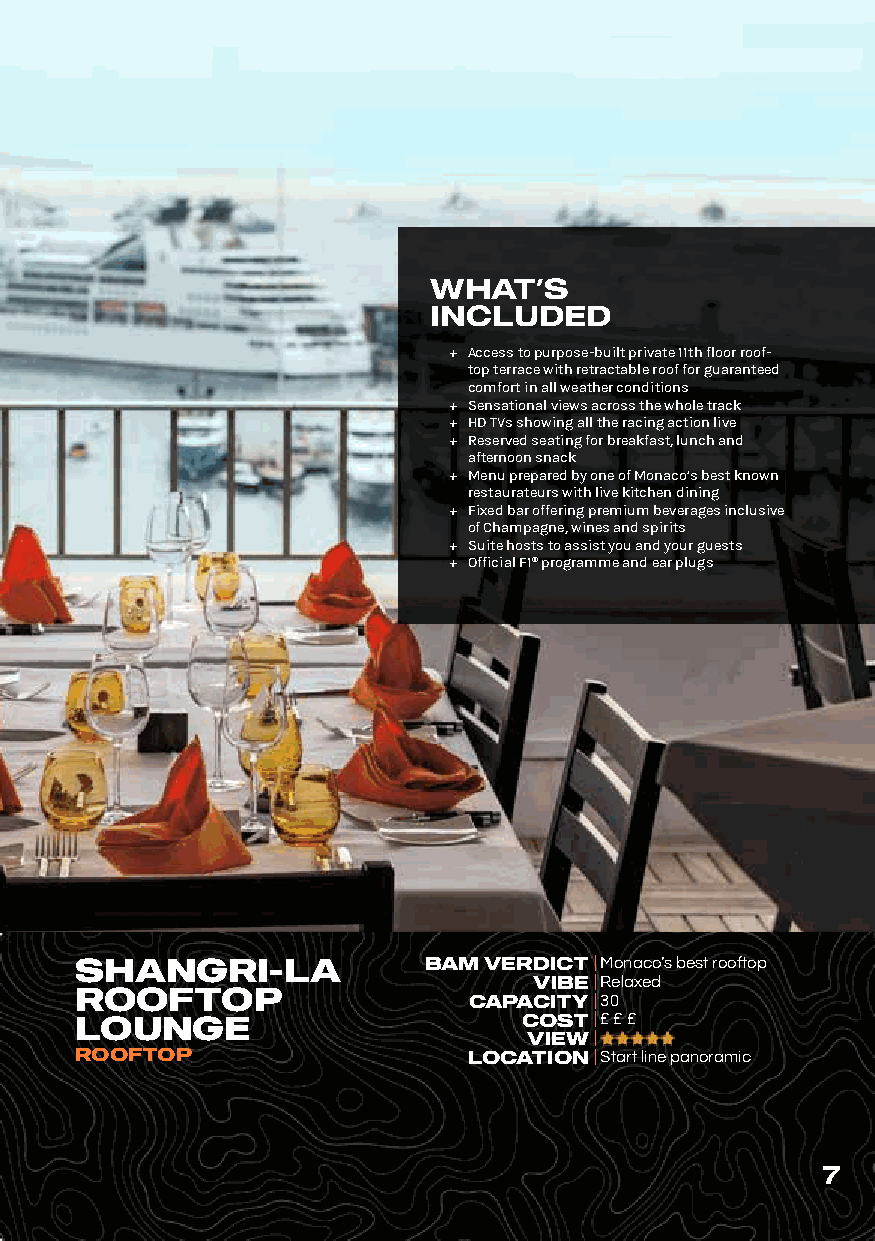
WHAT’S
 INCLUDED
 ů Access to purpose-built private 11th floor roof-
 top terrace with retractable roof for guaranteed
 comfort in all weather conditions
 ů Sensational views across the whole track
 ů HD TVs showing all the racing action live
 ů Reserved seating for breakfast, lunch and
 afternoon snack
 ů Menu prepared by one of Monaco’s best known
 restaurateurs with live kitchen dining
 ů Fixed bar offering premium beverages inclusive
 of Champagne, wines and spirits
 ů Suite hosts to assist you and your guests
 ů Official F1® programme and ear plugs
 SHANGRI-LA             BAM VERDICT | Monaco’s best rooftop
 VIBE| Relaxed
 ROOFTOP
 CAPACITY| 30
 LOUNGE                       COST| £ £ £
 VIEW|
 ROOFTOP                   LOCATION| Start line panoramic
 7